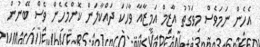
އެހެން ނަމަވެސް މިވަގުތު އާޒިމް އަމީޒާއާ ވާހަކަ ދައްކާލަން ކޮންމެހެން ވެސް ބޭނުން